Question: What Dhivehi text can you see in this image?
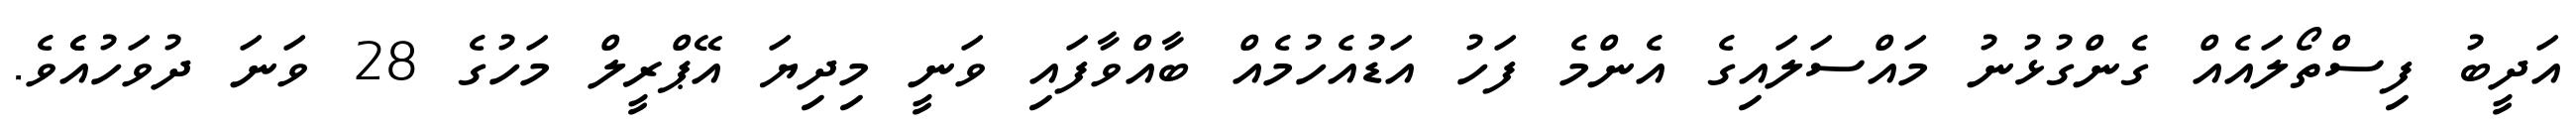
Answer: އަދީބު ފިސްތޯލައެއް ގެންގުޅުނު މައްސަލައިގެ އެންމެ ފަހު އަޑުއެހުމެއް ބާއްވާފައި ވަނީ މިދިޔަ އޭޕްރީލް މަހުގެ 28 ވަނަ ދުވަހުއެެވެ.